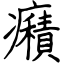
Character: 癪